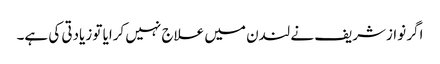
اگر نوازشریف نے لندن میں علاج نہیں کرایا تو زیادتی کی ہے۔